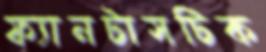
ফ্যানটাসটিক